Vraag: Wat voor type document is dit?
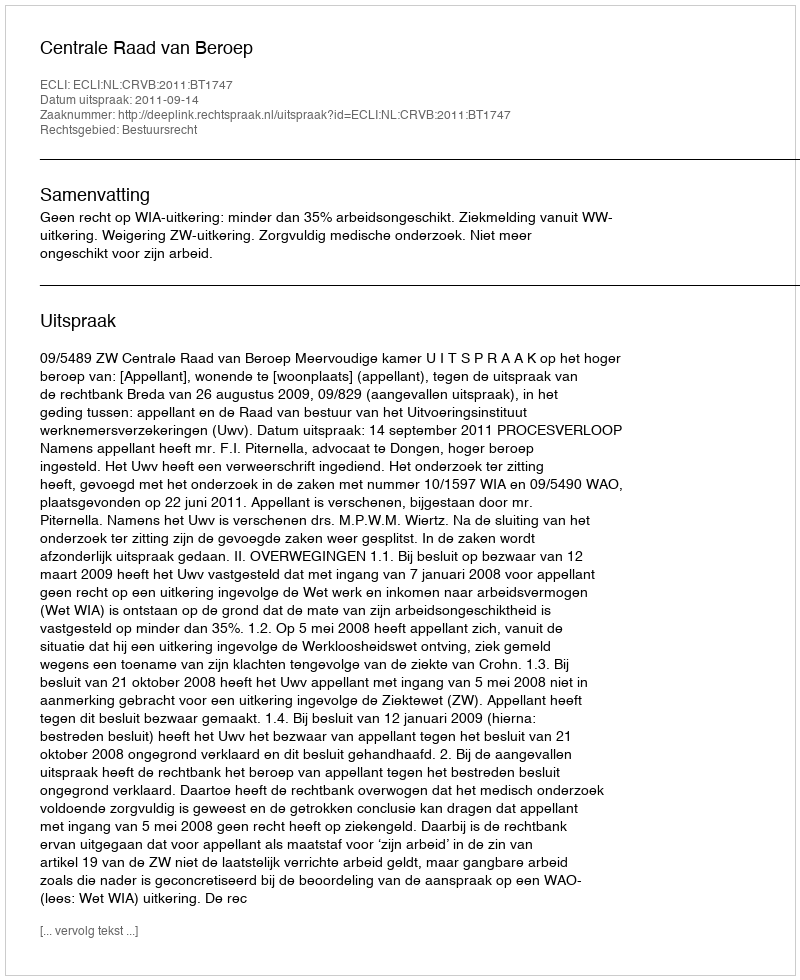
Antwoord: Uitspraak